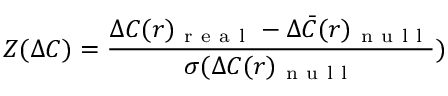
Z ( \Delta C ) = \frac { \Delta C ( r ) _ { \mathrm { ~ r ~ e ~ a ~ l ~ } } - { \Delta \bar { C } } ( r ) _ { \mathrm { ~ n ~ u ~ l ~ l ~ } } } { \sigma ( \Delta C ( r ) _ { \mathrm { ~ n ~ u ~ l ~ l ~ } } } )